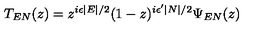
T _ { E N } ( z ) = z ^ { i \epsilon \mid E \mid / 2 } ( 1 - z ) ^ { i \epsilon ^ { \prime } \mid N \mid / 2 } \Psi _ { E N } ( z )